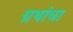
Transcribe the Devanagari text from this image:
ग्रथांचा